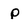
Character: p